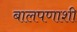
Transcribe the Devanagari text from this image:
बालपणाशी